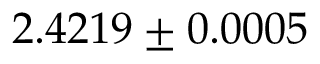
2 . 4 2 1 9 \pm 0 . 0 0 0 5